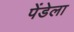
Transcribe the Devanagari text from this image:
पेंडेला